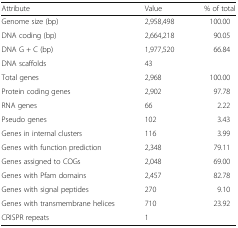
| Attribute | Value | % of total |
 | --- | --- | --- |
 | Genome size (bp) | 2,958,498 | 100.00 |
 | DNA coding (bp) | 2,664,218 | 90.05 |
 | DNA G + C (bp) | 1,977,520 | 66.84 |
 | DNA scaffolds | 43 |  |
 | Total genes | 2,968 | 100.00 |
 | Protein coding genes | 2,902 | 97.78 |
 | RNA genes | 66 | 2.22 |
 | Pseudo genes | 102 | 3.43 |
 | Genes in internal clusters | 116 | 3.99 |
 | Genes with function prediction | 2,348 | 79.11 |
 | Genes assigned to COGs | 2,048 | 69.00 |
 | Genes with Pfam domains | 2,457 | 82.78 |
 | Genes with signal peptides | 270 | 9.10 |
 | Genes with transmembrane helices | 710 | 23.92 |
 | CRISPR repeats | 1 |  |